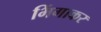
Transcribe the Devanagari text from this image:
भिंगाकर